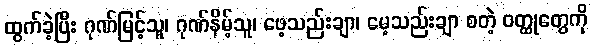
ထွက်ခဲ့ပြီး ဂုဏ်မြင့်သူ၊ ဂုဏ်နိမ့်သူ၊ ဖေ့သည်းချာ၊ မေ့သည်းချာ စတဲ့ ဝတ္ထုတွေကို